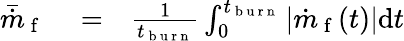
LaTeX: \begin{array}{rlr}{\bar{\dot{m}}_{\mathrm{~f~}}}&{{}=}&{\frac{1}{t_{\mathrm{~b~u~r~n~}}}\int_{0}^{t_{\mathrm{~b~u~r~n~}}}\left\vert\dot{m}_{\mathrm{~f~}}(t)\right\vert\mathrm{d}t}\end{array}